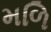
મળિ